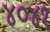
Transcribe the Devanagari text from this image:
४०४१